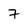
Character: 7